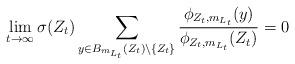
LaTeX: \begin{align*}\lim_{t \to \infty} \sigma(Z_t) \sum_{y \in B_{m_{L_t}}(Z_t) \setminus \{Z_t\}} \frac{\phi_{Z_t, m_{L_t}}(y)}{\phi_{Z_t, m_{L_t}}(Z_t)} = 0 \end{align*}